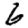
Digit: 6